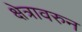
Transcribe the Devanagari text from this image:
क्षेत्रावरुन